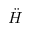
\ddot { H }